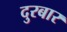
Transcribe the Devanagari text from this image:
दुरबार